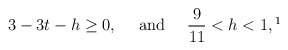
\begin{align*}3-3t-h \ge 0,~~~ \mbox{ and } ~~~ \frac{9}{11}<h<1, \footnote{The limit value $h=1$ can be handled at the expense of assuming the constant $c_0$ appearing in \ref{condition-on-k} to be large enough. The lower bound is only sufficient and not optimal.}\end{align*}